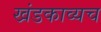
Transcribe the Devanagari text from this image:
खंडकाव्यच